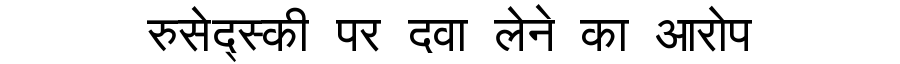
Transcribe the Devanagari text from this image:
रुसेद्स्की पर दवा लेने का आरोप